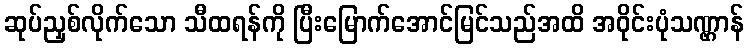
ဆုပ်ညှစ်လိုက်သော သီထရန်ကို ပြီးမြောက်အောင်မြင်သည်အထိ အဝိုင်းပုံသဏ္ဌာန်